Indian journal of veterinary science and animal husbandry - Volume 4,
Year: 1934
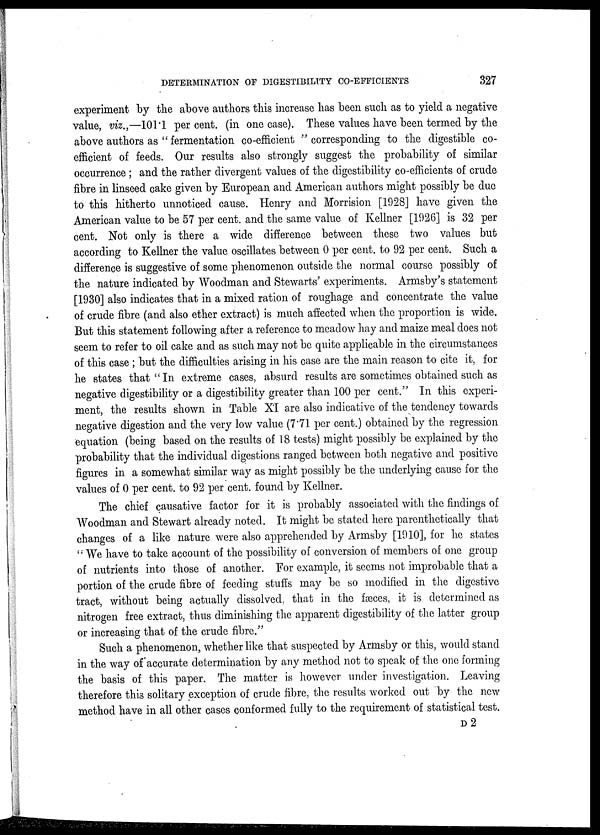
DETERMINATION OF DIGESTIBILITY CO-EFFICIENTS
327
experiment by the above authors this increase has been such as to yield a negative
value, viz.,—101.1 per cent. (in one case). These values have been termed by the
above authors as " fermentation co-efficient " corresponding to the digestible co-
efficient of feeds. Our results also strongly suggest the probability of similar
occurrence ; and the rather divergent values of the digestibility co-efficients of crude
fibre in linseed cake given by European and American authors might possibly be due
to this hitherto unnoticed cause. Henry and Morrision [1928] have given the
American value to be 57 per cent. and the same value of Kellner [1926] is 32 per
cent. Not only is there a wide difference between these two values but
according to Kellner the value oscillates between 0 per cent. to 92 per cent. Such a
difference is suggestive of some phenomenon outside the normal course possibly of
the nature indicated by Woodman and Stewarts' experiments. Armsby's statement
[1930] also indicates that in a mixed ration of roughage and concentrate the value
of crude fibre (and also ether extract) is much affected when the proportion is wide.
But this statement following after a reference to meadow hay and maize meal does not
seem to refer to oil cake and as such may not be quite applicable in the circumstances
of this case ; but the difficulties arising in his case are the main reason to cite it, for
he states that " In extreme cases, absurd results are sometimes obtained such as
negative digestibility or a digestibility greater than 100 per cent." In this experi-
ment, the results shown in Table XI are also indicative of the tendency towards
negative digestion and the very low value (7.71 per cent.) obtained by the regression
equation (being based on the results of 18 tests) might possibly be explained by the
probability that the individual digestions ranged between both negative and positive
figures in a somewhat similar way as might possibly be the underlying cause for the
values of 0 per cent. to 92 per cent. found by Kellner.
The chief causative factor for it is probably associated with the findings of
Woodman and Stewart already noted. It might be stated here parenthetically that
changes of a like nature were also apprehended by Armsby [1910], for he states
" We have to take account of the possibility of conversion of members of one group
of nutrients into those of another. For example, it seems not improbable that a
portion of the crude fibre of feeding stuffs may be so modified in the digestive
tract, without being actually dissolved, that in the fæces, it is determined as
nitrogen free extract, thus diminishing the apparent digestibility of the latter group
or increasing that of the crude fibre."
Such a phenomenon, whether like that suspected by Armsby or this, would stand
in the way of accurate determination by any method not to speak of the one forming
the basis of this paper. The matter is however under investigation. Leaving
therefore this solitary exception of crude fibre, the results worked out by the new
method have in all other cases conformed fully to the requirement of statistical test.
D 2